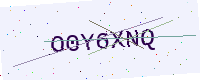
Text: O0Y6XNQ